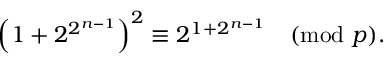
\left( 1 + 2 ^ { 2 ^ { n - 1 } } \right) ^ { 2 } \equiv 2 ^ { 1 + 2 ^ { n - 1 } } { \pmod { p } } .